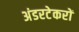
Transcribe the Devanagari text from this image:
अंडरटेकरों